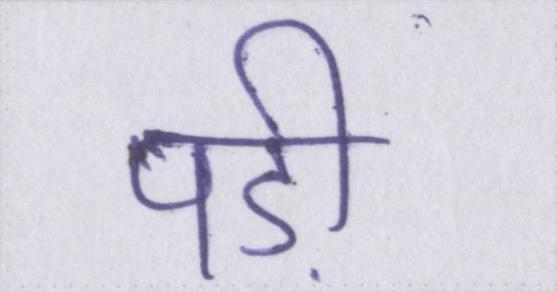
पड़ी